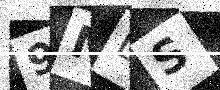
Text: 9NLS